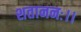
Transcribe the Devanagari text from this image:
शताननः।।